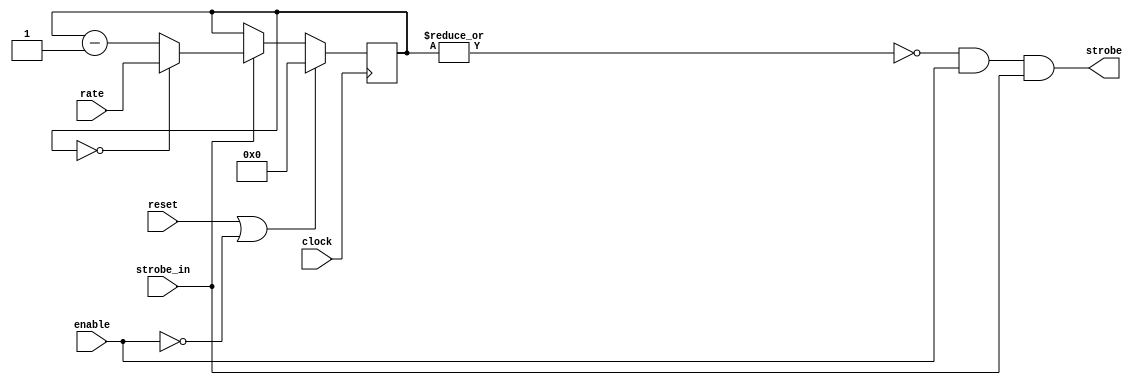
// -*- verilog -*-
//
//  USRP - Universal Software Radio Peripheral
//
//  Copyright (C) 2003 Matt Ettus
//
//  This program is free software; you can redistribute it and/or modify
//  it under the terms of the GNU General Public License as published by
//  the Free Software Foundation; either version 2 of the License, or
//  (at your option) any later version.
//
//  This program is distributed in the hope that it will be useful,
//  but WITHOUT ANY WARRANTY; without even the implied warranty of
//  MERCHANTABILITY or FITNESS FOR A PARTICULAR PURPOSE.  See the
//  GNU General Public License for more details.
//
//  You should have received a copy of the GNU General Public License
//  along with this program; if not, write to the Free Software
//  Foundation, Inc., 51 Franklin Street, Boston, MA  02110-1301  USA
//



module strobe_gen 
  ( input clock,
    input reset,
    input enable,
    input [7:0] rate, // Rate should be 1 LESS THAN your desired divide ratio
    input strobe_in,
    output wire strobe );
   
//   parameter width = 8;
   
   reg [7:0] counter;
   assign strobe = ~|counter && enable && strobe_in;
   
   always @(posedge clock)
     if(reset | ~enable)
       counter <= #1 8'd0;
     else if(strobe_in)
       if(counter == 0)
	 counter <= #1 rate;
       else 
	 counter <= #1 counter - 8'd1;
   
endmodule // strobe_gen